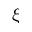
\boldsymbol { \xi }